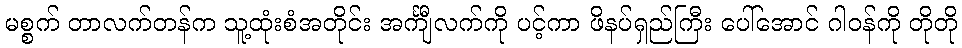
မစ္စက် တာလက်တန်က သူ့ထုံးစံအတိုင်း အင်္ကျီလက်ကို ပင့်ကာ ဖိနပ်ရှည်ကြီး ပေါ်အောင် ဂါဝန်ကို တိုတို